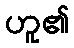
ဟူ၏